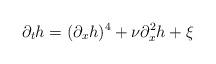
LaTeX: \begin{align*}\partial_t h = (\partial_x h)^4 +\nu\partial_x^2 h + \xi\end{align*}